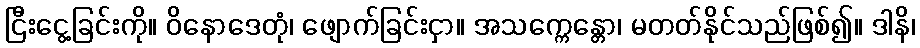
ငြီးငွေ့ခြင်းကို။ ဝိနောဒေတုံ၊ ဖျောက်ခြင်းငှာ။ အသက္ကေန္တော၊ မတတ်နိုင်သည်ဖြစ်၍။ ဒါနိ၊